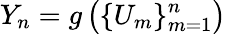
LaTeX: Y_{n}=g\left(\{ U_{m}\} _{m=1}^{n}\right)